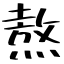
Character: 熬